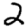
Digit: 2